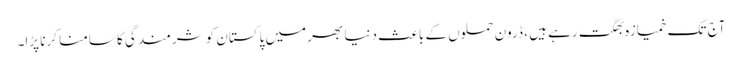
آج تک خمیازہ بھگت رہے ہیں ، ڈرون حملوں کے باعث دنیا بھر میں پاکستان کو شرمندگی کا سامنا کرنا پڑا۔